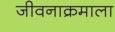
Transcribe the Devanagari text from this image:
जीवनाक्रमाला